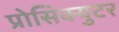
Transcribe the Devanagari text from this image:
प्रोसिक्युटर